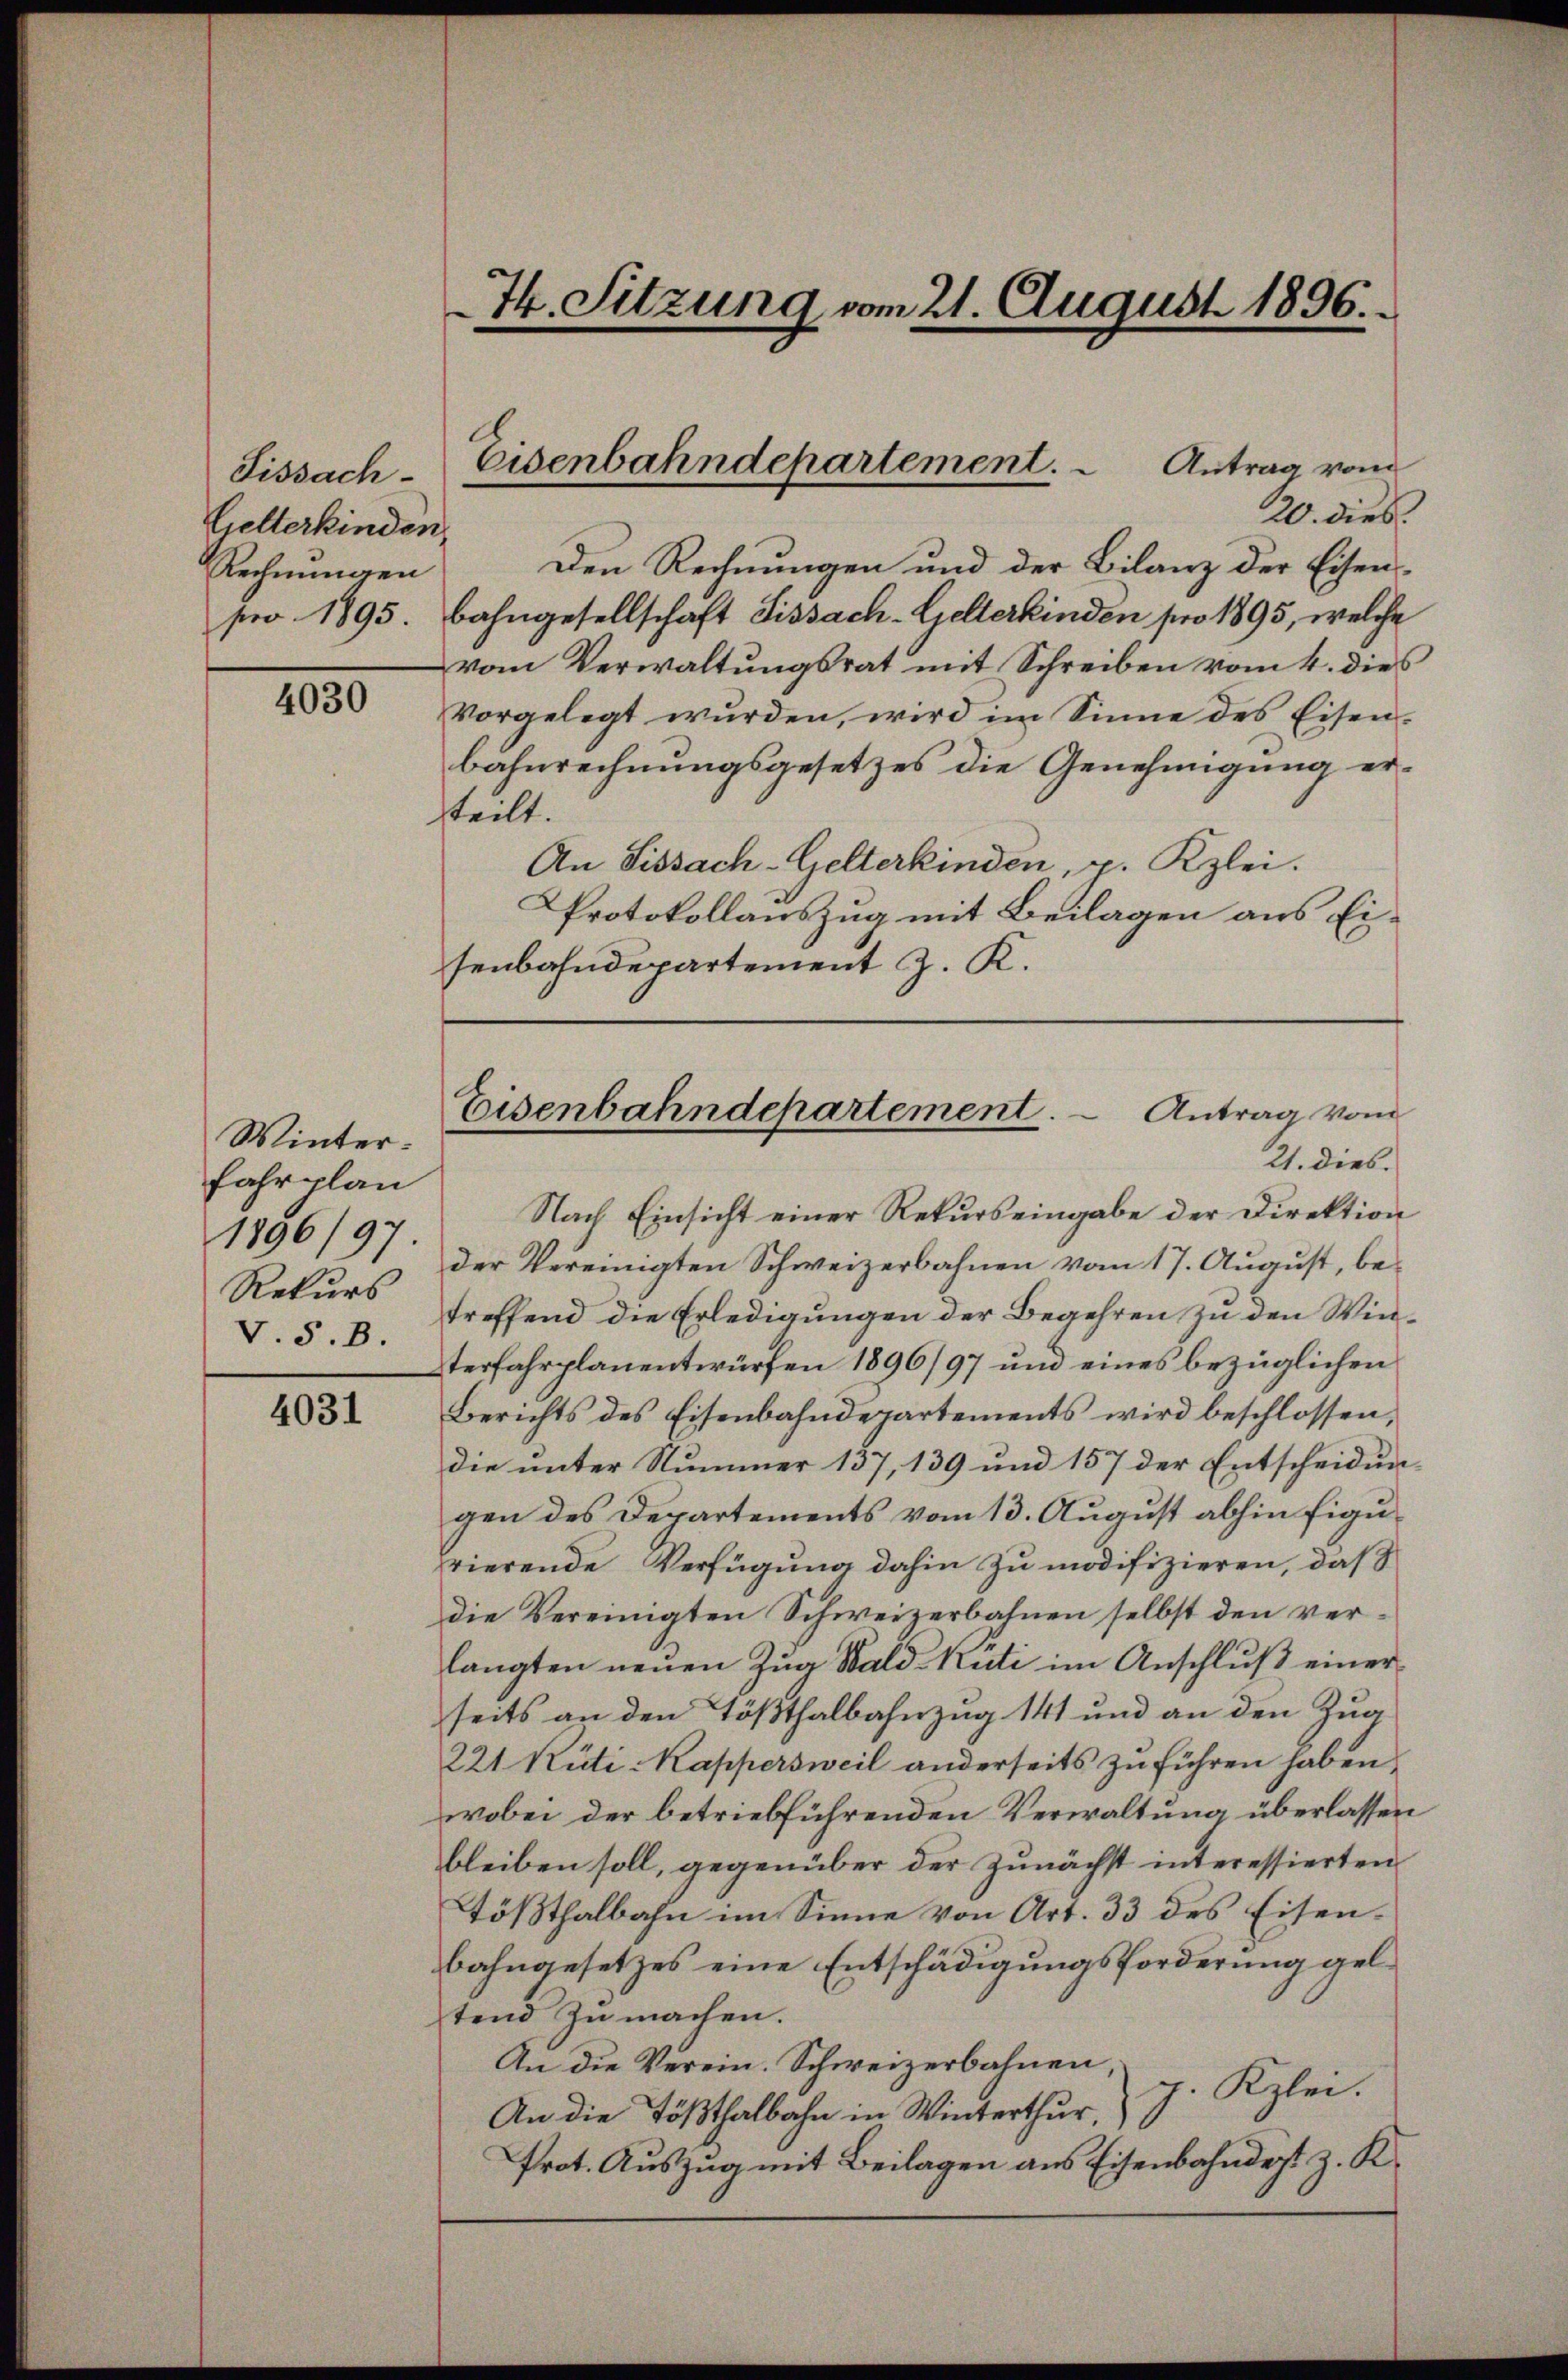
Fissach¬
Gelterkinden.
Rechnungen

4030

Winterfahrplan
1896/97
Rekurs
V.S.B.

4031

20. dies
Den Rechnungen und der Bilanz der Eisenpro 1895. Bahngesellschaft Fissach-Gelterkinden pro 1895, welche
vom Verwaltungsrat mit Schreiben vom 4. dies
vorgelegt wurden, wird im Sinne des Eisen-
bahnrechnungsgesetzes die Genehmigung erteilt.
An Sissach-Gelterkinden, p. Kzlei.
Protokollauszug mit Beilagen aus Eisenbahndepartement J. K.
21. dies.
Nach Einsicht einer Rekurs eingabe der Direktion
der Vereinigten Schweizerbahnen vom 17. August, betreffend die Erledigungen der Begehren zu den Winterfahrplanentwürfen 1896/97 und eines bezüglichen
Berichts des Eisenbahndepartements wird beschlossen,
die unter Nummer 137, 139 und 157 der Entscheidun-
gen des Departements vom 13. August abhin figurierende Verfügung dahin zu modifizieren, daß
die Vereinigten Schweizerbahnen selbst den verlangten neuen Zug Walduti im Anschluß einer
seits an den Tößthalbahnzug 141 und an den Zug
221 Rüti-Kappersweil anderseits zu führen haben.
wobei der betriebführenden Verwaltung überlassen
bleiben soll, gegenüber der zunächst interessierten
Tößthalbahn im Sinne von Art. 33 des Eisenbahngesetzes eine Entschädigungsforderung gelstend zu machen.
An die Verein. Schweizerbahnen,
p. Kzlei.
An die Tößthalbahn in Winterthur,
Prot. Auszug mit Beilagen aus Eisenbahndigt z. K.

74. Sitzung vom 21. August 1896.

Eisenbahndepartement.   Antrag vom

Eisenbahndepartement. Antrag vom